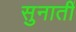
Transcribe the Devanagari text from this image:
सुनातीं